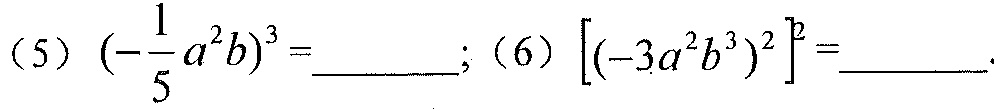
（5）\(\left(-\frac{1}{5}a^{2}b\right)^{3}=\underline{\quad\quad}\);（6）\(\left[\left(-3a^{2}b^{3}\right)^{2}\right]^{2}=\underline{\quad\quad}\).